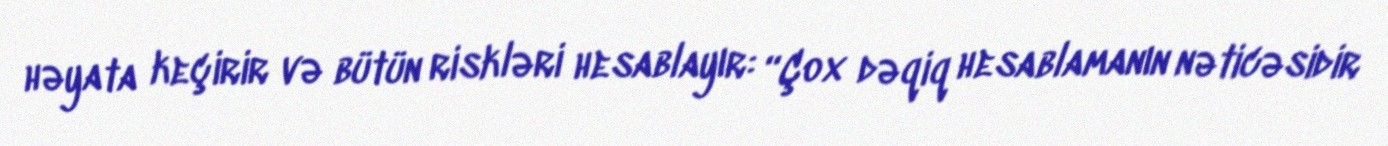
həyata keçirir və bütün riskləri hesablayır: “Çox dəqiq hesablamanın nəticəsidir